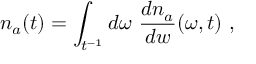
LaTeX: n _ { a } ( t ) = \int _ { t ^ { - 1 } } d \omega ~ { \frac { d n _ { a } } { d w } } ( \omega , t ) \ ,